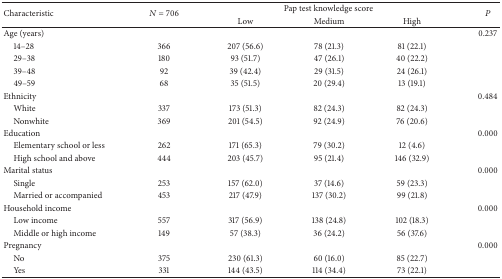
<table><thead><tr><td rowspan="2"><b>Characteristic</b></td><td rowspan="2"><b><i>N</i> = 706</b></td><td colspan="3"><b> Pap test knowledge score</b></td><td rowspan="2"><b><i>P</i></b></td></tr><tr><td><b>Low</b></td><td><b>Medium</b></td><td><b>High</b></td></tr></thead><tbody><tr><td>Age (years)</td><td> </td><td> </td><td> </td><td> </td><td>0.237</td></tr><tr><td> 14–28</td><td> 366</td><td> 207 (56.6)</td><td> 78 (21.3)</td><td> 81 (22.1)</td><td> </td></tr><tr><td> 29–38</td><td> 180</td><td> 93 (51.7)</td><td> 47 (26.1)</td><td> 40 (22.2)</td><td> </td></tr><tr><td> 39–48</td><td> 92</td><td> 39 (42.4)</td><td> 29 (31.5)</td><td> 24 (26.1)</td><td> </td></tr><tr><td> 49–59</td><td> 68</td><td> 35 (51.5)</td><td> 20 (29.4)</td><td> 13 (19.1)</td><td> </td></tr><tr><td>Ethnicity</td><td> </td><td> </td><td> </td><td> </td><td>0.484</td></tr><tr><td> White</td><td> 337</td><td> 173 (51.3)</td><td> 82 (24.3)</td><td> 82 (24.3)</td><td> </td></tr><tr><td> Nonwhite</td><td> 369</td><td> 201 (54.5)</td><td> 92 (24.9)</td><td> 76 (20.6)</td><td> </td></tr><tr><td>Education</td><td> </td><td> </td><td> </td><td> </td><td>0.000</td></tr><tr><td> Elementary school or less</td><td> 262</td><td> 171 (65.3)</td><td> 79 (30.2)</td><td> 12 (4.6)</td><td> </td></tr><tr><td> High school and above </td><td> 444</td><td> 203 (45.7)</td><td> 95 (21.4)</td><td>146 (32.9)</td><td> </td></tr><tr><td>Marital status</td><td> </td><td> </td><td> </td><td> </td><td>0.000</td></tr><tr><td> Single</td><td> 253</td><td> 157 (62.0)</td><td> 37 (14.6)</td><td> 59 (23.3)</td><td> </td></tr><tr><td> Married or accompanied</td><td> 453</td><td> 217 (47.9)</td><td> 137 (30.2)</td><td> 99 (21.8)</td><td> </td></tr><tr><td>Household income</td><td> </td><td> </td><td> </td><td> </td><td>0.000</td></tr><tr><td> Low income</td><td> 557</td><td> 317 (56.9)</td><td> 138 (24.8)</td><td>102 (18.3)</td><td> </td></tr><tr><td> Middle or high income</td><td> 149</td><td> 57 (38.3)</td><td> 36 (24.2)</td><td> 56 (37.6)</td><td> </td></tr><tr><td>Pregnancy</td><td> </td><td> </td><td> </td><td> </td><td>0.000</td></tr><tr><td> No </td><td> 375</td><td> 230 (61.3)</td><td> 60 (16.0)</td><td> 85 (22.7)</td><td> </td></tr><tr><td> Yes</td><td> 331</td><td> 144 (43.5)</td><td> 114 (34.4)</td><td> 73 (22.1)</td><td> </td></tr></tbody></table>